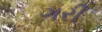
ગરી